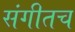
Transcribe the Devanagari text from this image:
संगीतच